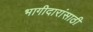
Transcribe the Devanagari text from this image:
भागीदारांसाठी